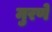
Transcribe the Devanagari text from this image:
मुरणे